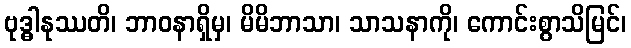
ဗုဒ္ဓါနုဿတိ၊ ဘာဝနာရှိမှ၊ မိမိဘာသာ၊ သာသနာကို၊ ကောင်းစွာသိမြင်၊